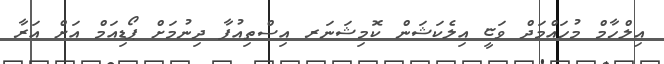
އިލްހާމް މުހައްމަދް ވަޏީ އިލެކަޝަން ކޮމިޝަނަރ އިސްތިއުފާ ދިނުމަށް ޕޯޑިއަމް އަށް އަރާ